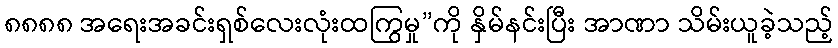
၈၈၈၈ အရေးအခင်းရှစ်လေးလုံးထကြွမှု”ကို နှိမ်နင်းပြီး အာဏာ သိမ်းယူခဲ့သည့်